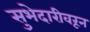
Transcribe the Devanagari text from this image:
सुभेदारीवरून